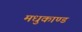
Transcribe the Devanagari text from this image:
मधुकाण्ड